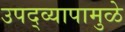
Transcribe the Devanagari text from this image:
उपद्‌व्यापामुळे